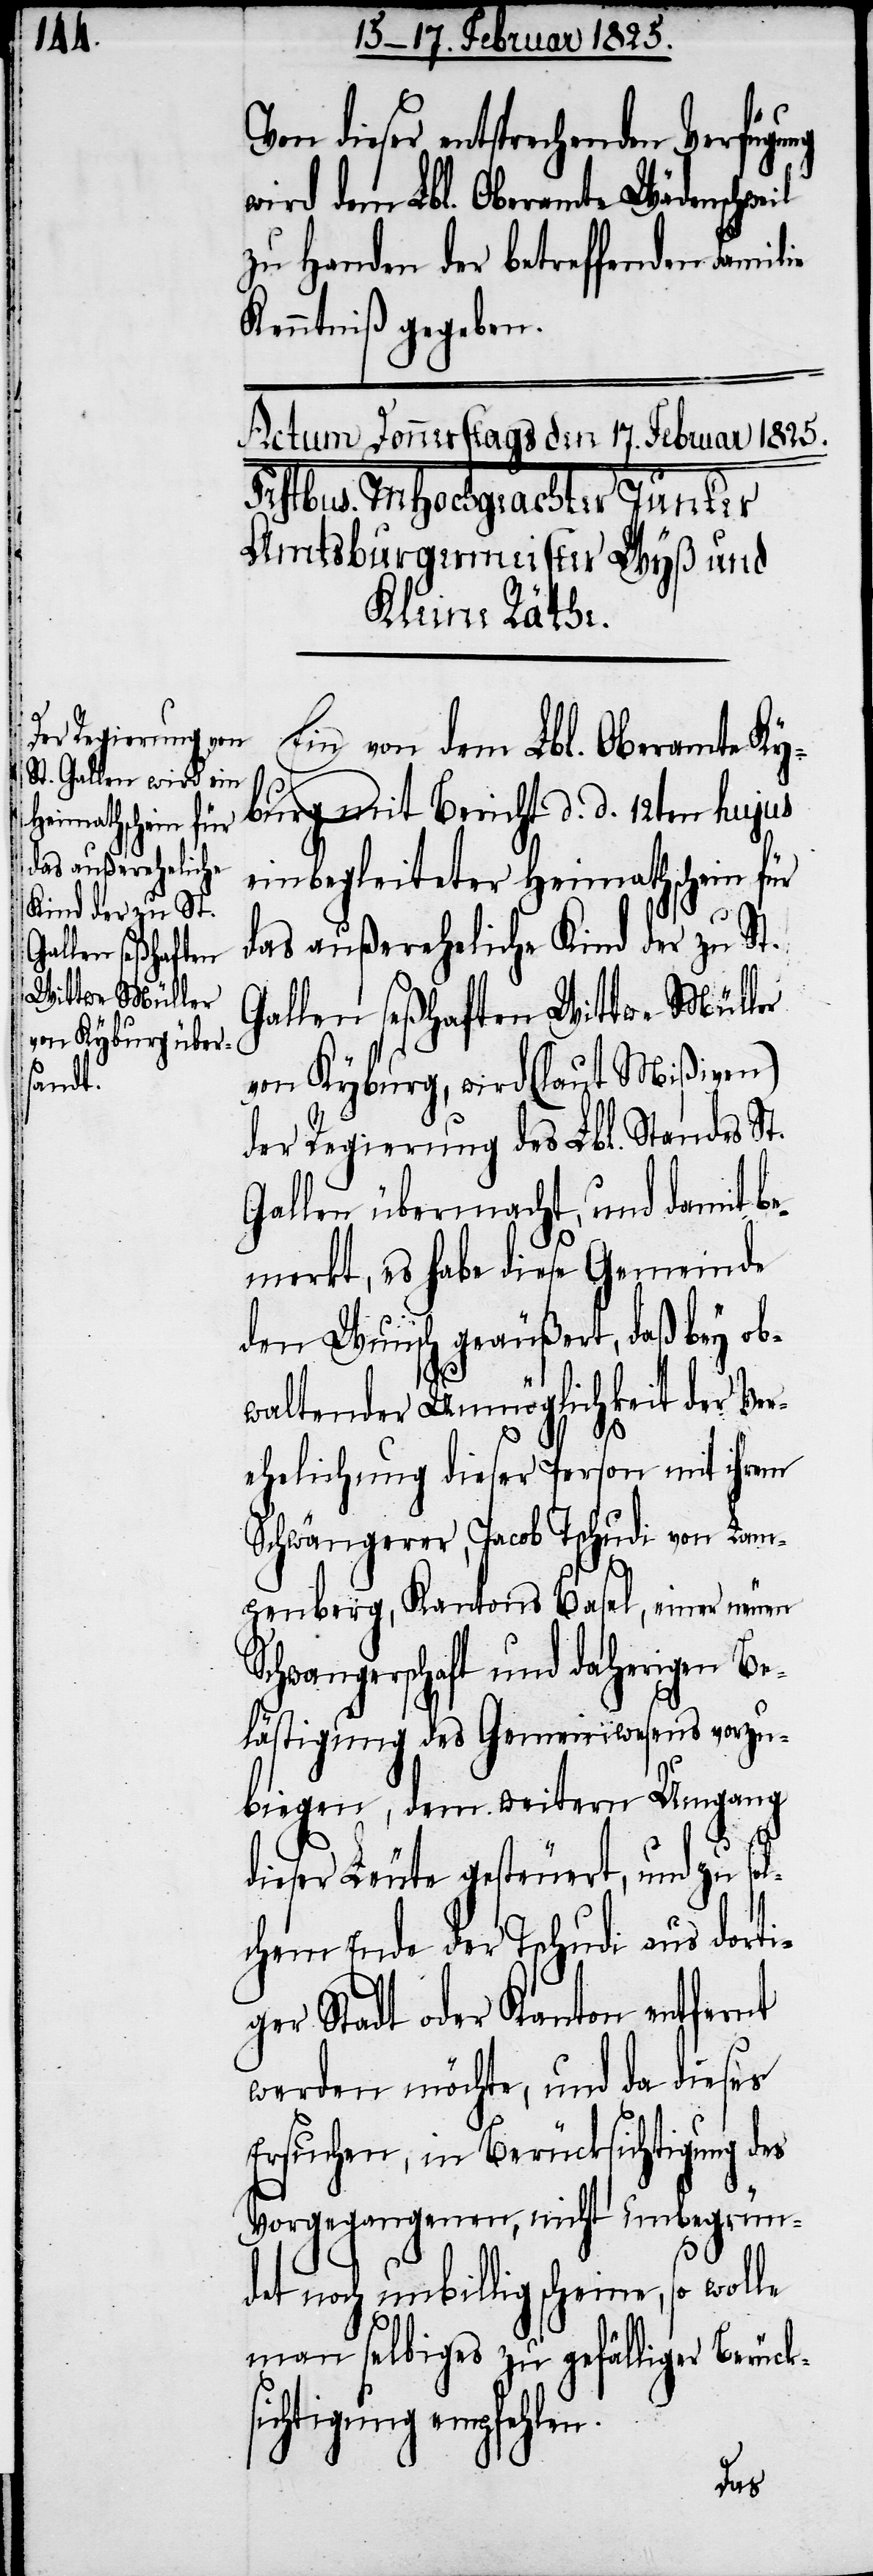
ücks¬

Von dieser entsprechenden Verfüg¬
wird dem Lbl. Oberamte Wädenschweil
zu Handen der betreffenden Familie
Kenntniß gegeben.
Ein von dem Lbl. Oberamte Ky¬
burg mit Bericht d. d. 12ten hujus
einbegleiteter Heimathschein für
das außereheliche Kind der zu St.
Gallen seßhaften Wittwe Müller
von Kyburg, wird (laut Mißiven)
der Regierung des Lbl. Standes St.
Gallen übermacht, und damit be¬
merkt, es habe diese Gemeinde
den Wunsch geäußert, daß bey ob¬
waltender Unmöglichkeit der Ver¬
le
ehelichung dieser Person mit ihrem
Schwängerer, Jacob Tschudi von Lam¬
penberg, Kantons Basel, einer neuen
Schwangerschaft und daherigen Be¬
lästigung des Gemeinwesens vorzu¬
biegen, dem weitern Umgang
dieser Leute gesteuert, und zu sol¬
chem Ende der Tschudi aus dorti¬
ger Stadt oder Kanton entfernt
werden möchte, und da dieses
Ersuchen, in Berücksichtigung des
Vorgegangenen, nicht unbegrün¬
det noch unbillig scheine, so wol¬
man selbiges zu gefälliger Ber¬
ichtigung empfehlen.